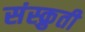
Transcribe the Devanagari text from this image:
संस्क्रुती